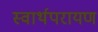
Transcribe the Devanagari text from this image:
स्वार्थपरायण